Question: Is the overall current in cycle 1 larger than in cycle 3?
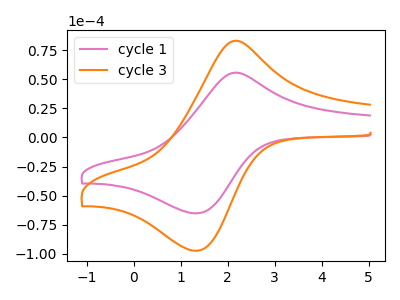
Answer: <think>The pink curve "cycle 1" has an anodic peak at (2.10V, 55.25uA) and a cathodic peak at (1.35V, -65.20uA). The orange curve "cycle 3" has an anodic peak at (2.10V, 82.50uA) and a cathodic peak at (1.35V, -97.40uA).
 All the peaks in "cycle 1" have a peak in "cycle 3" at the same potential. Every peak in "cycle 1" is lower than every peak in "cycle 3".</think>
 <answer>"cycle 1" has less signal than "cycle 3".</answer>
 <eval>less_signal</eval>